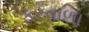
ફરવાળા